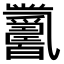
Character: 𤕋